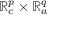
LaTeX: \mathbb { R } _ { c } ^ { p } \times \mathbb { R } _ { a } ^ { q }